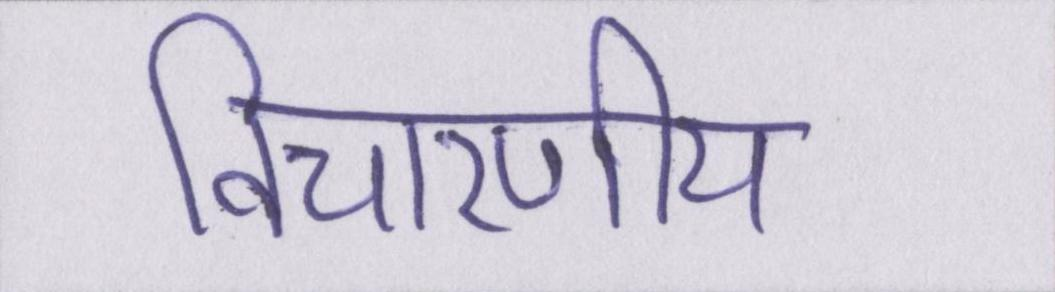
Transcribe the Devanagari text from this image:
विचारणीय